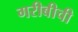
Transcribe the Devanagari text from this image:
गरीबीची